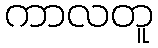
ကာလတူ